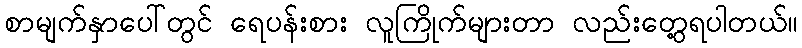
စာမျက်နှာပေါ်တွင် ရေပန်းစား လူကြိုက်များတာ လည်းတွေ့ရပါတယ်။